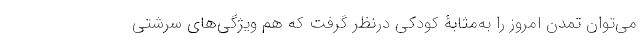
می‌توان تمدن امروز را به‌مثابۀ کودکی درنظر گرفت که هم ویژگی‌های سرشتی